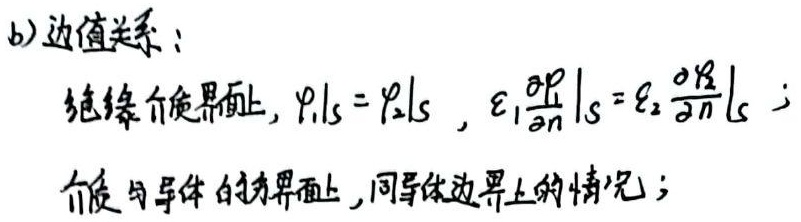
b) 绝缘介质界面上，在边值关系方面有：
\(\left.\varphi_{1}\right|_{S}=\left.\varphi_{2}\right|_{S}\)，\(\left.\varepsilon_{1} \frac{\partial \varphi_{1}}{\partial n}\right|_{S}=\left.\varepsilon_{2} \frac{\partial \varphi_{2}}{\partial n}\right|_{S}\)；
在介质与导体的边界面上，情况与导体边界上相同。